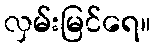
လှမ်းမြင်ရေ။